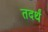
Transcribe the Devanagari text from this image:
तदर्थं